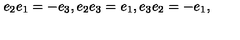
e _ { 2 } e _ { 1 } = - e _ { 3 } , e _ { 2 } e _ { 3 } = e _ { 1 } , e _ { 3 } e _ { 2 } = - e _ { 1 } ,